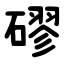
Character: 磟